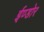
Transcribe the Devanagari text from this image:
ईण्डोर